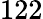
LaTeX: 122